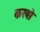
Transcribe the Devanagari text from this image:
करबो